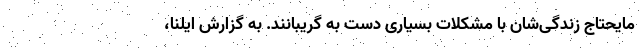
مایحتاج زندگی‌شان با مشکلات بسیاری دست به گریبانند. به گزارش ایلنا،